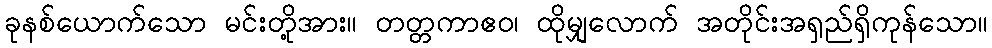
ခုနစ်ယောက်သော မင်းတို့အား။ တတ္တကာဧဝ၊ ထိုမျှလောက် အတိုင်းအရှည်ရှိကုန်သော။